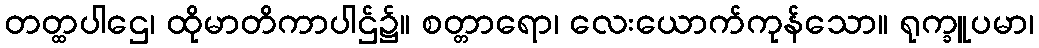
တတ္ထပါဌေ၊ ထိုမာတိကာပါဌ်၌။ စတ္တာရော၊ လေးယောက်ကုန်သော။ ရုက္ခူပမာ၊